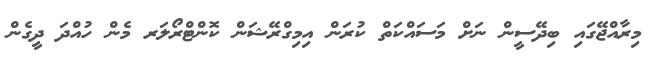
މިރާއްޖޭގައި ބިދޭސީން ނަށް މަސައްކަތް ކުރަން އިމިގްރޭޝަން ކޮންޓްރޯލަރ މެން ހުއްދަ ދީގެން